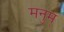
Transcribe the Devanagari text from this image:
मनुम्‌